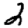
Digit: 2